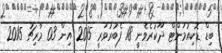
ބިޑް ޑޮކިއުމަންޓް ދޫކުރެވެނީ 18 ފެބުރުވަރީ 2015 އިން 03 މާރިޗު 2015